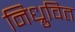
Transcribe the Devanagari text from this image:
निध्रुवित